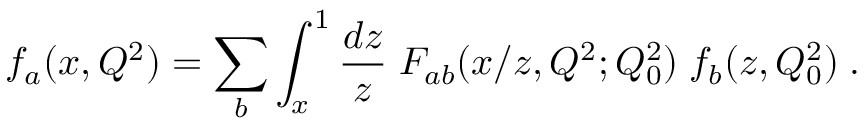
f _ { a } ( x , Q ^ { 2 } ) = \sum _ { b } \int _ { x } ^ { 1 } \frac { d z } { z } \; F _ { a b } ( x / z , Q ^ { 2 } ; Q _ { 0 } ^ { 2 } ) \; f _ { b } ( z , Q _ { 0 } ^ { 2 } ) \; .